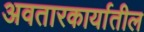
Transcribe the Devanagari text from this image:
अवतारकार्यातील